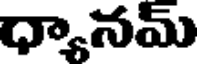
ధ్యానమ్